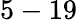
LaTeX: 5-19